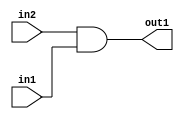
`timescale 1ps / 1ps
/*****************************************************************************
    Verilog RTL Description
    
    
    Created by: Stratus DpOpt 2019.1.01 
*******************************************************************************/

module GaussianFilter_And_1Ux1U_1U_4 (
	in2,
	in1,
	out1
	); /* architecture "behavioural" */ 
input  in2,
	in1;
output  out1;
wire  asc001;

assign asc001 = 
	(in2)
	&(in1);

assign out1 = asc001;
endmodule

/* CADENCE  urjwSgE= : u9/ySgnWtBlWxVPRXgAZ4Og= ** DO NOT EDIT THIS LINE ******/